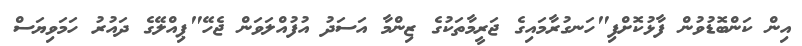
އިން ކަންބޮޑުވުން ފާޅުކޮށްފި"ހަނގުރާމައިގެ ޖަރީމާތަކުގެ ޒިންމާ އަސަދު އުފުއްލަވަން ޖެހޭ"ޕިއްލޭގެ ދައުރު ހަމަވިޔަސް